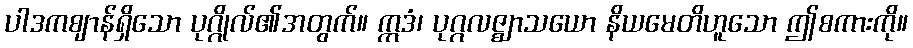
ပါဒကဈာန်ရှိသော ပုဂ္ဂိုလ်၏အတွက်။ ဣဒံ၊ ပုဂ္ဂလဇ္ဈာသယော နိယမေတိဟူသော ဤစကားကို။